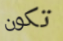
تكون